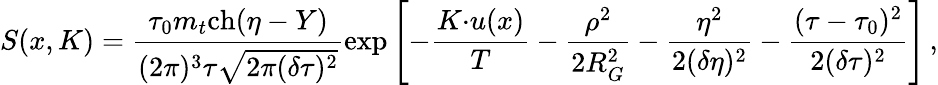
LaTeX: S(x,K)=\frac{\tau_{0}m_{t}\mathrm{ch}(\eta-Y)}{(2\pi)^{3}\tau\sqrt{2\pi(\delta\tau)^{2}}}\exp\left[-\frac{K{\cdot}u(x)}{T}-\frac{\rho^{2}}{2R_{G}^{2}}-\frac{\eta^{2}}{2(\delta\eta)^{2}}-\frac{(\tau-\tau_{0})^{2}}{2(\delta\tau)^{2}}\right]\, ,